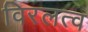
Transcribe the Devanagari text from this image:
विरलत्व